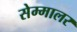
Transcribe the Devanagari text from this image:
सेम्मालर